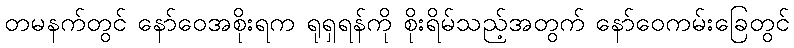
တမနက်တွင် နော်ဝေအစိုးရက ရုရှရန်ကို စိုးရိမ်သည့်အတွက် နော်ဝေကမ်းခြေတွင်